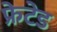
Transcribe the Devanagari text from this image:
फ्रेटेड